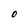
Character: O